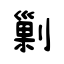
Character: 剿